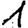
Digit: 1